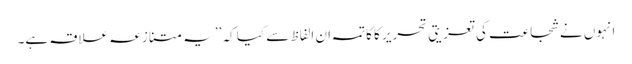
انہوں نے شجاعت کی تعزیتی تحریر کا کاتمہ ان الفاظ سے کیا کہ ’’یہ متنازعہ علاقہ ہے۔